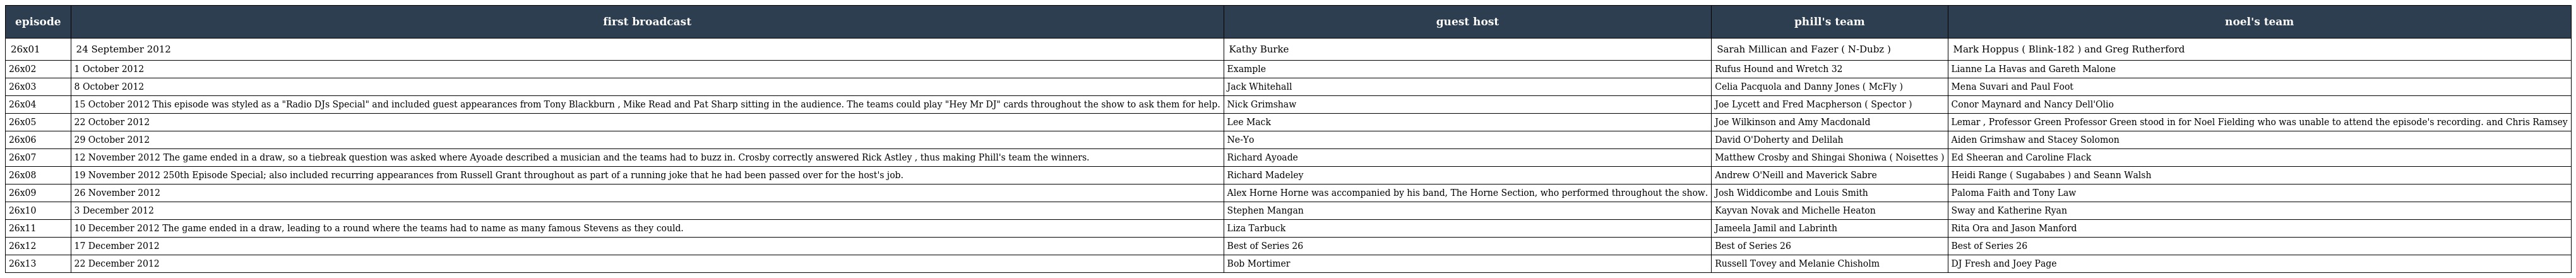
| episode | first broadcast | guest host | phill's team | noel's team |
 | --- | --- | --- | --- | --- |
 | 26x01 | 24 September 2012 | Kathy Burke | Sarah Millican and Fazer ( N-Dubz ) | Mark Hoppus ( Blink-182 ) and Greg Rutherford |
 | 26x02 | 1 October 2012 | Example | Rufus Hound and Wretch 32 | Lianne La Havas and Gareth Malone |
 | 26x03 | 8 October 2012 | Jack Whitehall | Celia Pacquola and Danny Jones ( McFly ) | Mena Suvari and Paul Foot |
 | 26x04 | 15 October 2012 This episode was styled as a "Radio DJs Special" and included guest appearances from Tony Blackburn , Mike Read and Pat Sharp sitting in the audience. The teams could play "Hey Mr DJ" cards throughout the show to ask them for help. | Nick Grimshaw | Joe Lycett and Fred Macpherson ( Spector ) | Conor Maynard and Nancy Dell'Olio |
 | 26x05 | 22 October 2012 | Lee Mack | Joe Wilkinson and Amy Macdonald | Lemar , Professor Green Professor Green stood in for Noel Fielding who was unable to attend the episode's recording. and Chris Ramsey |
 | 26x06 | 29 October 2012 | Ne-Yo | David O'Doherty and Delilah | Aiden Grimshaw and Stacey Solomon |
 | 26x07 | 12 November 2012 The game ended in a draw, so a tiebreak question was asked where Ayoade described a musician and the teams had to buzz in. Crosby correctly answered Rick Astley , thus making Phill's team the winners. | Richard Ayoade | Matthew Crosby and Shingai Shoniwa ( Noisettes ) | Ed Sheeran and Caroline Flack |
 | 26x08 | 19 November 2012 250th Episode Special; also included recurring appearances from Russell Grant throughout as part of a running joke that he had been passed over for the host's job. | Richard Madeley | Andrew O'Neill and Maverick Sabre | Heidi Range ( Sugababes ) and Seann Walsh |
 | 26x09 | 26 November 2012 | Alex Horne Horne was accompanied by his band, The Horne Section, who performed throughout the show. | Josh Widdicombe and Louis Smith | Paloma Faith and Tony Law |
 | 26x10 | 3 December 2012 | Stephen Mangan | Kayvan Novak and Michelle Heaton | Sway and Katherine Ryan |
 | 26x11 | 10 December 2012 The game ended in a draw, leading to a round where the teams had to name as many famous Stevens as they could. | Liza Tarbuck | Jameela Jamil and Labrinth | Rita Ora and Jason Manford |
 | 26x12 | 17 December 2012 | Best of Series 26 | Best of Series 26 | Best of Series 26 |
 | 26x13 | 22 December 2012 | Bob Mortimer | Russell Tovey and Melanie Chisholm | DJ Fresh and Joey Page |